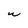
Character: W